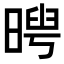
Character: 𣉃